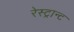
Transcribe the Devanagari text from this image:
रेस्ट्रान्ट